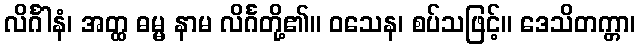
လိင်္ဂါနံ၊ အတ္ထ ဓမ္မ နာမ လိင်္ဂတို့၏။ ဝသေန၊ စပ်သဖြင့်။ ဒေသိတက္တာ၊